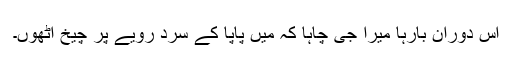
اس دوران بارہا میرا جی چاہا کہ میں پاپا کے سرد رویے پر چیخ اٹھوں۔